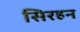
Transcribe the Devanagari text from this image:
सिरहन